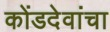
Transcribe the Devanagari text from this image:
कोंडदेवांचा